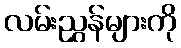
လမ်းညွှန်များကို